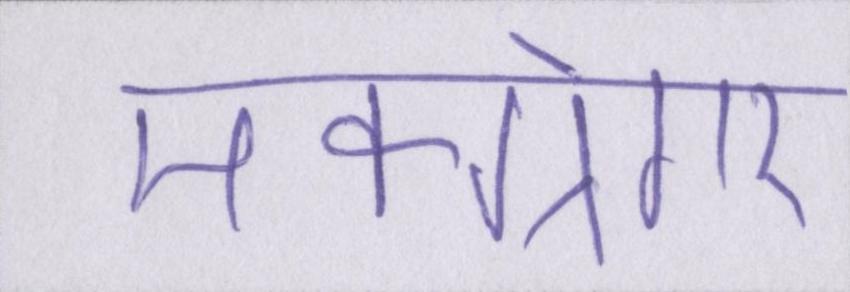
मैक्ग्रेगर